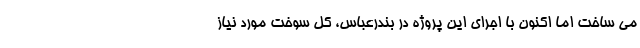
مي ساخت اما اكنون با اجراي اين پروژه در بندرعباس، كل سوخت مورد نياز